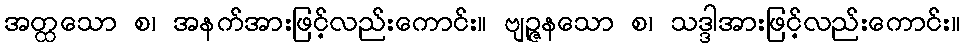
အတ္ထသော စ၊ အနက်အားဖြင့်လည်းကောင်း။ ဗျဉ္ဇနသော စ၊ သဒ္ဒါအားဖြင့်လည်းကောင်း။